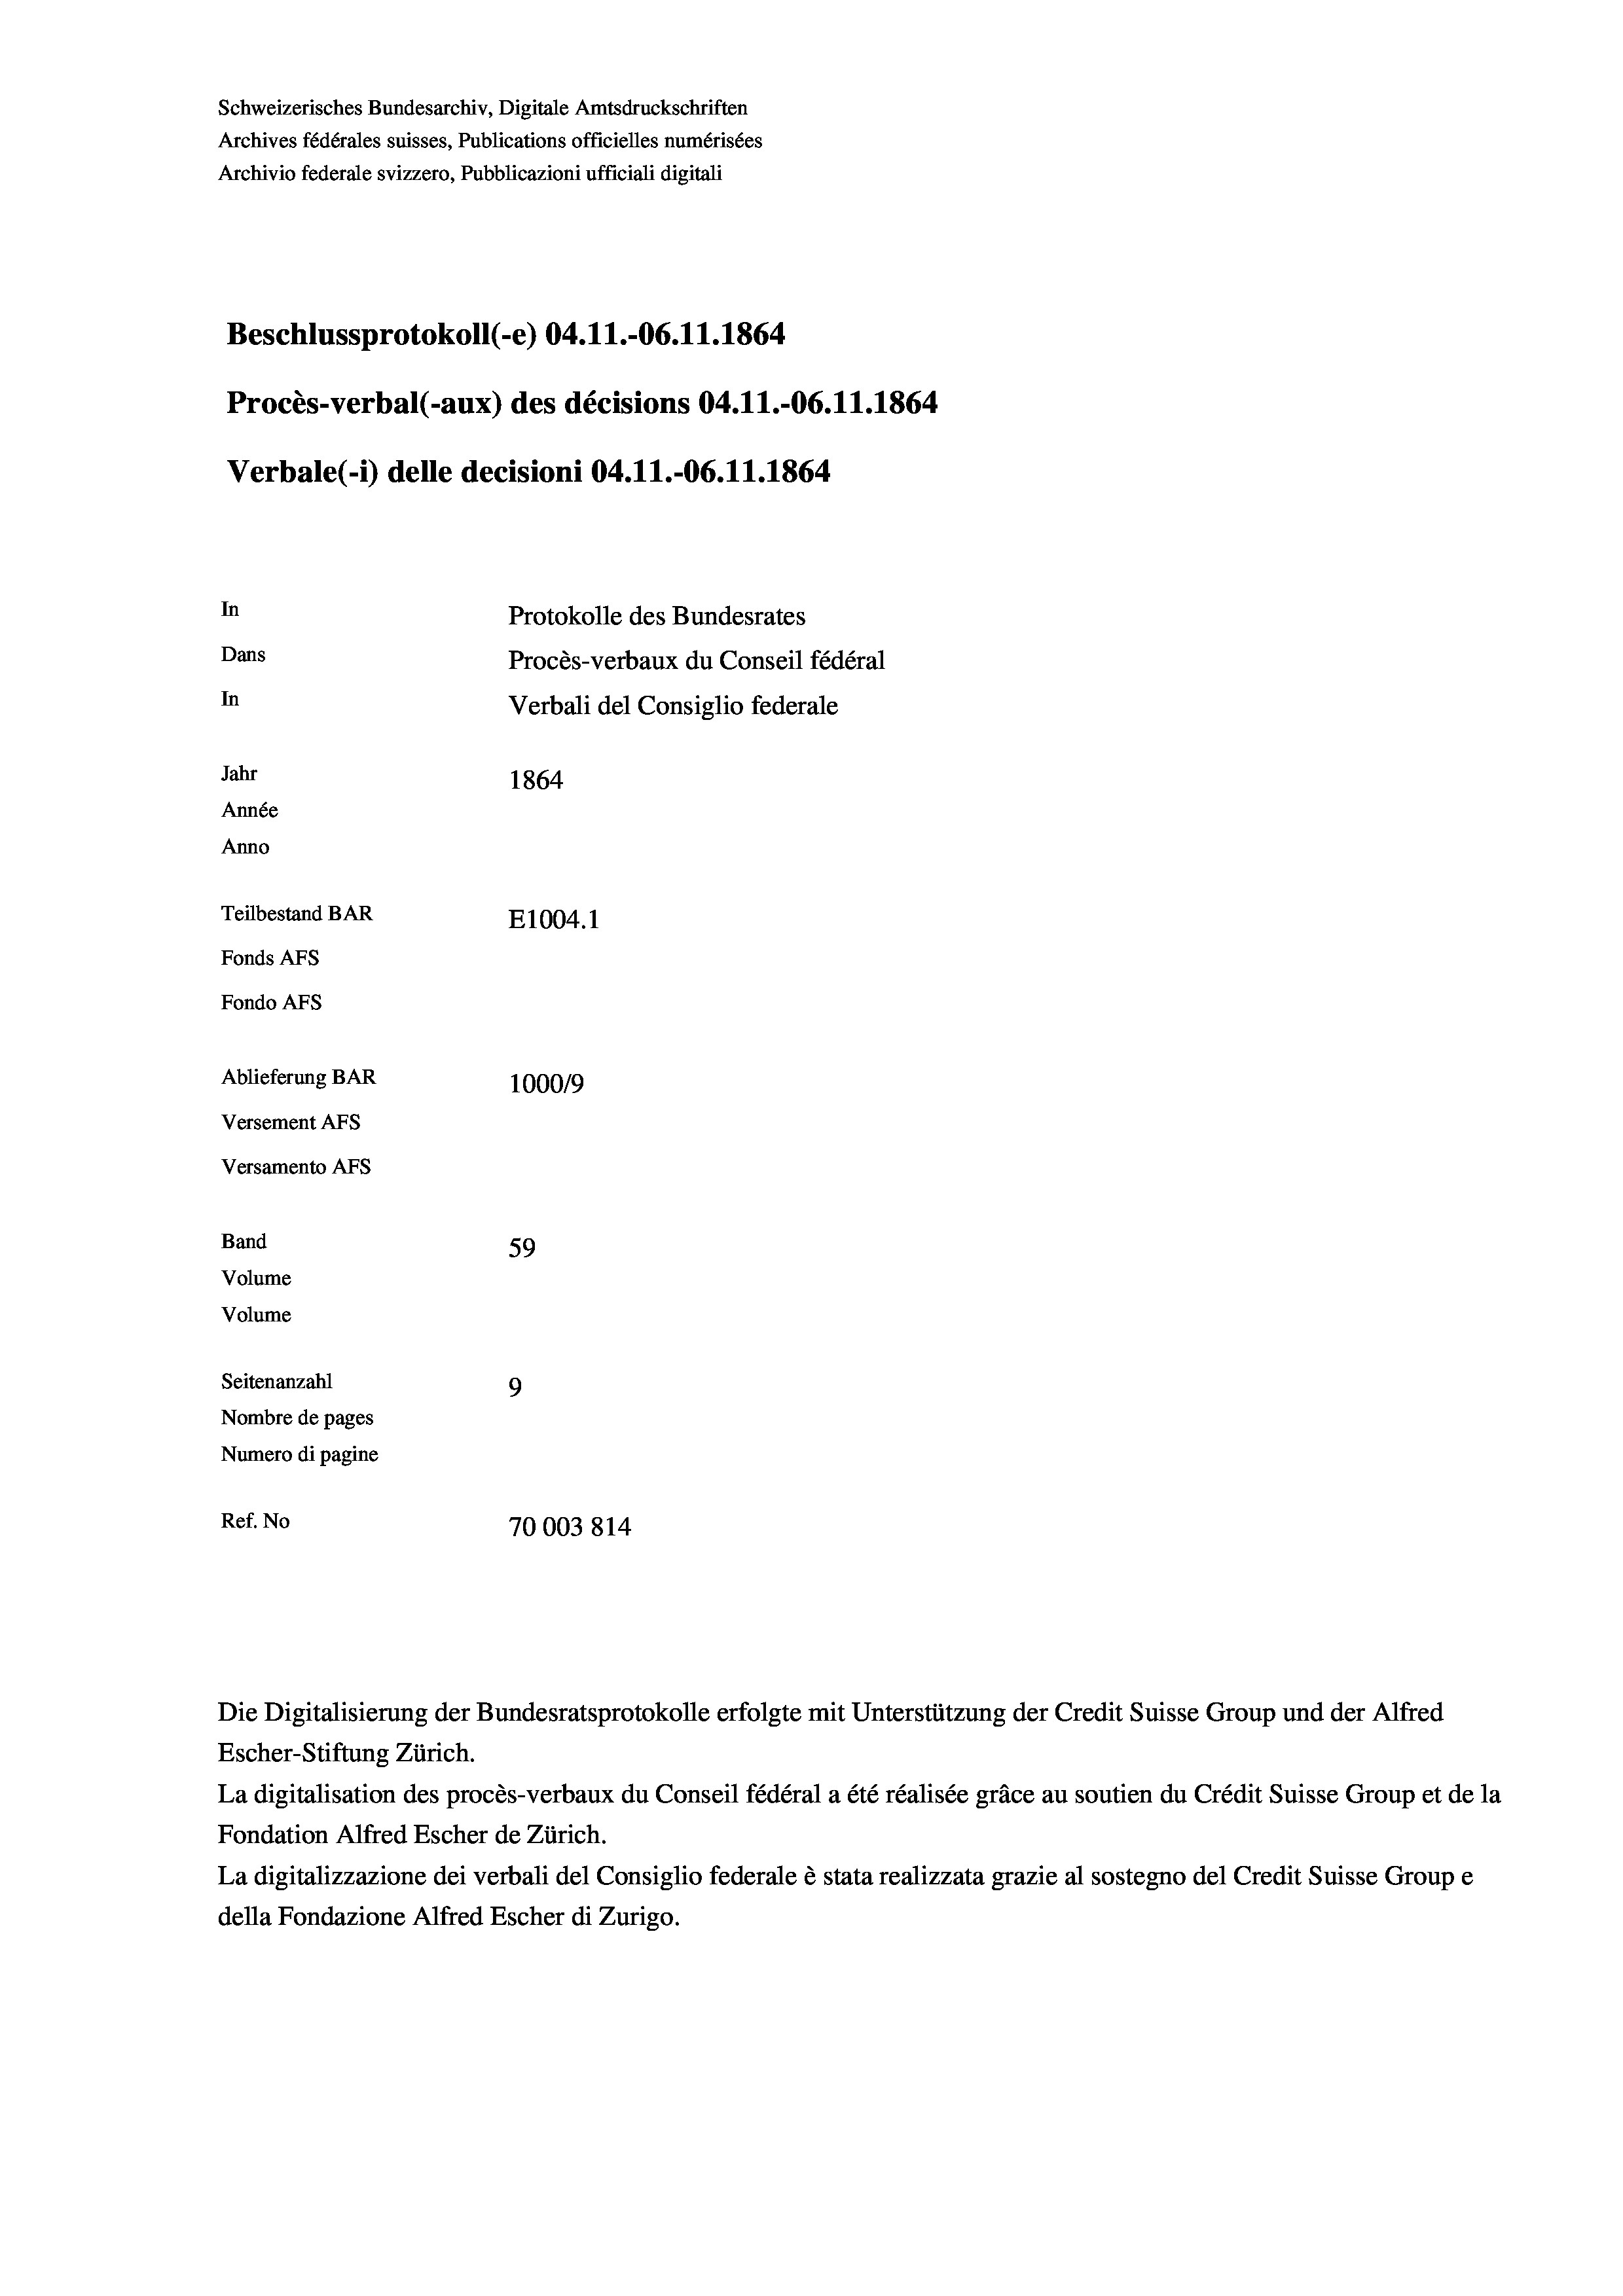
Beschlussprotokoll (-e) 04.11.-06. 11. 1864
Procès-verbal (-aux) des décisions 04.11.-06.11.1864
In
Protokolle des Bundesrates
Dans
Procès-verbaux du Conseil fédéral
In
Verbali del Consiglio federale
Jahr
1864
Année
Anno
Teilbestand BAR
E1004. 1
Fonds AFs
Fondo AFs

Ablieferung BAR
Versement AFs
Versamento Afs
Band
59
Volume
Volume
Seitenanzahl
9

Schweizerisches Bundesarchiv, Digitale Amtsdruckschriften
Archives fédérales suisses, Publications officielles numérisées
Archivio federale svizzero, Pubblicazioni ufficiali digitali

Verbale (- 1) delle decisioni 04.11.-06. 11. 1864

100019
Nombre de pages
Numero di pagine
Ref. No
70003814

Escher-Stiftung Zürich.
La digitalisation des procès-verbaux du Conseil fédéral a été réalisée gräce au soutien du Crédit Suisse Group et de la
Fondation Alfred Escher de Zürich.
La digitalizzazione dei verbali del Consiglio federale è stata realizzata grazie al sostegno del Credit Suisse Groupe
della Fondazione Alfred Escher di Zurigo.

Die Digitalisierung der Bundesratsprotokolle erfolgte mit Unterstützung der Credit Suisse Group und der Alfred